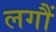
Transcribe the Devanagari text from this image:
लगौं